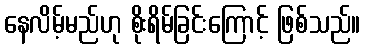
နေလိမ့်မည်ဟု စိုးရိမ်ခြင်းကြောင့် ဖြစ်သည်။